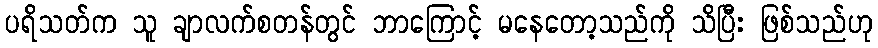
ပရိသတ်က သူ ချာလက်စတန်တွင် ဘာကြောင့် မနေတော့သည်ကို သိပြီး ဖြစ်သည်ဟု